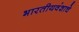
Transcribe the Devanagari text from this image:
भारतीयवंशाचे